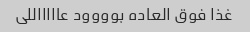
غذا فوق العاده بوووود عاااااللی